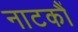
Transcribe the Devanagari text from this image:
नाटकौं